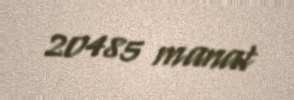
20485 manat